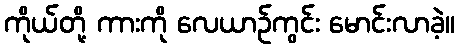
ကိုယ်တို့ ကားကို လေယာဉ်ကွင်း မောင်းလာခဲ့။